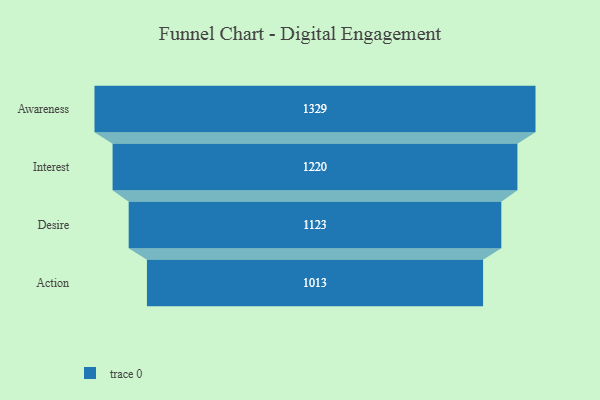
{"axis": {"x": "Stage", "y": "Value"}, "legend": [""], "data": [{"x": "Awareness", "y": 1329.0, "type": ""}, {"x": "Interest", "y": 1220.0, "type": ""}, {"x": "Desire", "y": 1123.0, "type": ""}, {"x": "Action", "y": 1013.0, "type": ""}]}